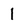
Character: 1